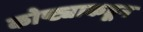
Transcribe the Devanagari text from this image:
कोष्ट्याकडून